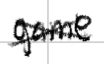
Text: game
Cross-out: cross
Writing tool: digital_black